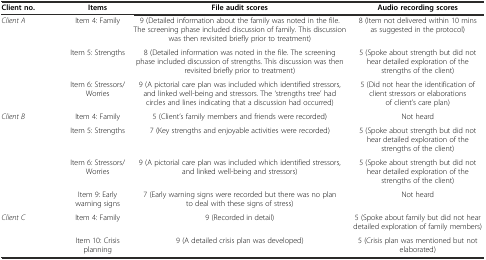
<table><thead><tr><td><b>Client no.</b></td><td><b>Items</b></td><td><b>File audit scores</b></td><td><b>Audio recording scores</b></td></tr></thead><tbody><tr><td><i>Client A</i></td><td>Item 4: Family</td><td>9 (Detailed information about the family was noted in the file. The screening phase included discussion of family. This discussion was then revisited briefly prior to treatment)</td><td>8 (Item not delivered within 10 mins as suggested in the protocol)</td></tr><tr><td></td><td>Item 5: Strengths</td><td>8 (Detailed information was noted in the file. The screening phase included discussion of strengths. This discussion was then revisited briefly prior to treatment)</td><td>5 (Spoke about strength but did not hear detailed exploration of the strengths of the client)</td></tr><tr><td></td><td>Item 6: Stressors/Worries</td><td>9 (A pictorial care plan was included which identified stressors, and linked well-being and stressors. The ‘strengths tree’ had circles and lines indicating that a discussion had occurred)</td><td>5 (Did not hear the identification of client stressors or elaborations of client’s care plan)</td></tr><tr><td><i>Client B</i></td><td>Item 4: Family</td><td>5 (Client’s family members and friends were recorded)</td><td>Not heard</td></tr><tr><td></td><td>Item 5: Strengths</td><td>7 (Key strengths and enjoyable activities were recorded)</td><td>5 (Spoke about strength but did not hear detailed exploration of the strengths of the client)</td></tr><tr><td></td><td>Item 6: Stressors/Worries</td><td>9 (A pictorial care plan was included which identified stressors, and linked well-being and stressors)</td><td>5 (Spoke about strength but did not hear detailed exploration of the strengths of the client)</td></tr><tr><td></td><td>Item 9: Early warning signs</td><td>7 (Early warning signs were recorded but there was no plan to deal with these signs of stress)</td><td>Not heard</td></tr><tr><td><i>Client C</i></td><td>Item 4: Family</td><td>9 (Recorded in detail)</td><td>5 (Spoke about family but did not hear detailed exploration of family members)</td></tr><tr><td></td><td>Item 10: Crisis planning</td><td>9 (A detailed crisis plan was developed)</td><td>5 (Crisis plan was mentioned but not elaborated)</td></tr></tbody></table>